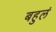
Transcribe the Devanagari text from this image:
बहुलं